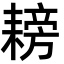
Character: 耪